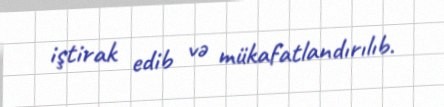
iştirak edib və mükafatlandırılıb.